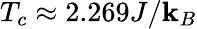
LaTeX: T_{c}\approx2.269J/\mathbf{k}_{B}